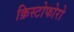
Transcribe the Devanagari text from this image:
क्रिस्टोफोरो